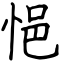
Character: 悒